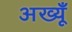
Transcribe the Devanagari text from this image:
अख्यूँ